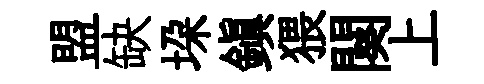
盟缺垜鎮猥闋上